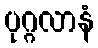
ပုဂ္ဂလာနံ